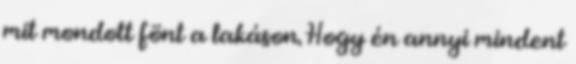
mit mondott fönt a lakáson. Hogy én annyi mindent